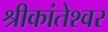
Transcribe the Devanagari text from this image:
श्रीकांतेश्वर